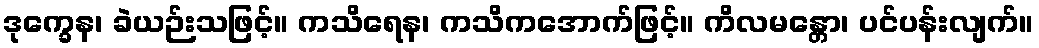
ဒုက္ခေန၊ ခဲယဉ်းသဖြင့်။ ကသိရေန၊ ကသိကအောက်ဖြင့်။ ကိလမန္တော၊ ပင်ပန်းလျက်။